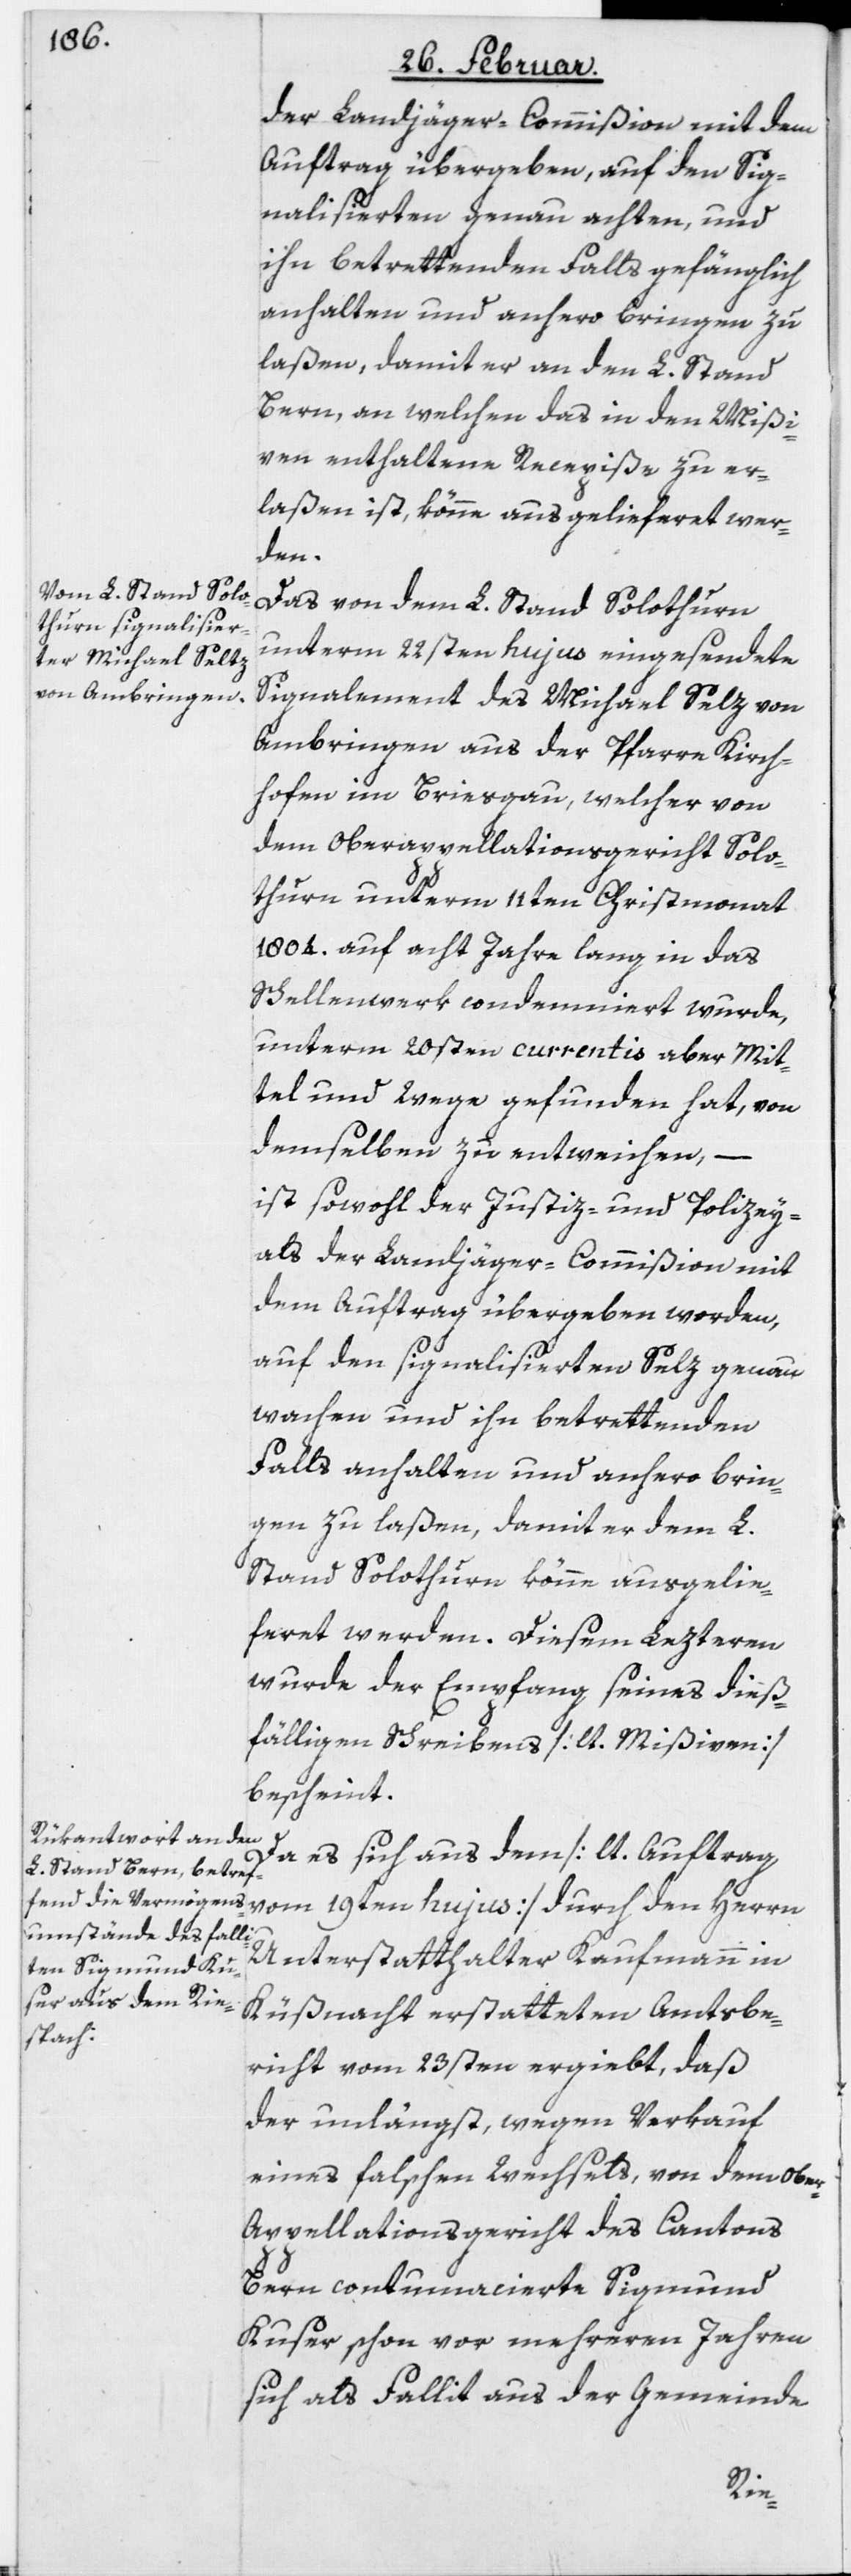
der Landjäger-Commißion mit dem
Auftrag übergeben, auf den Sig¬
nalisierten genau achten, und
ihn betrettenden Falls gefänglich
anhalten und anhero bringen zu
laßen, damit er an den L. Stand
Bern, an welchen das in den Mißi¬
ven enthaltene Recepiße zu er¬
laßen ist, könne ausgelieferet wer¬
den.
Das von dem L. Stand Solothurn
unterm 22sten hujus eingesendete
Signalement des Michael Selz von
Ambringen aus der Pfarre Kirch¬
hofen im Briesgau, welcher von
dem Oberappellationsgericht Solo¬
thurn unterm 11ten Christmonat
1804. auf acht Jahre lang in das
Schellenwerk condemniert wurde,
unterm 20sten currentis aber Mit¬
tel und Wege gefunden hat, von
demselben zu entweichen, –
ist sowohl der Justiz- und Polizey-
als der Landjäger-Commißion mit
dem Auftrag übergeben worden,
auf den signalisierten Selz genau
wachen und ihn betrettenden
Falls anhalten und anhero brin¬
gen zu laßen, damit er dem L.
Stand Solothurn könne ausgelie¬
feret werden. Diesem Lezteren
wurde der Empfang seines dieß¬
fälligen Schreibens [lt. Mißiven]
bescheint.
Da es sich aus dem [lt. Auftrag
vom 19ten hujus] durch den Herrn
Unterstatthalter Kaufmann in
Küßnacht erstatteten Amtsbe¬
richt vom 23sten ergiebt, daß
der unlängst, wegen Verkauf
eines falschen Wechsels, von dem Obe¬
r-Appellationsgericht des Cantons
Bern contumacierte Sigmund
Kuser schon vor mehreren Jahren
sich als Fallit aus der Gemeinde